Assam Mental Hospital (Tezpur, India) - 1933-1948
Year: 1933
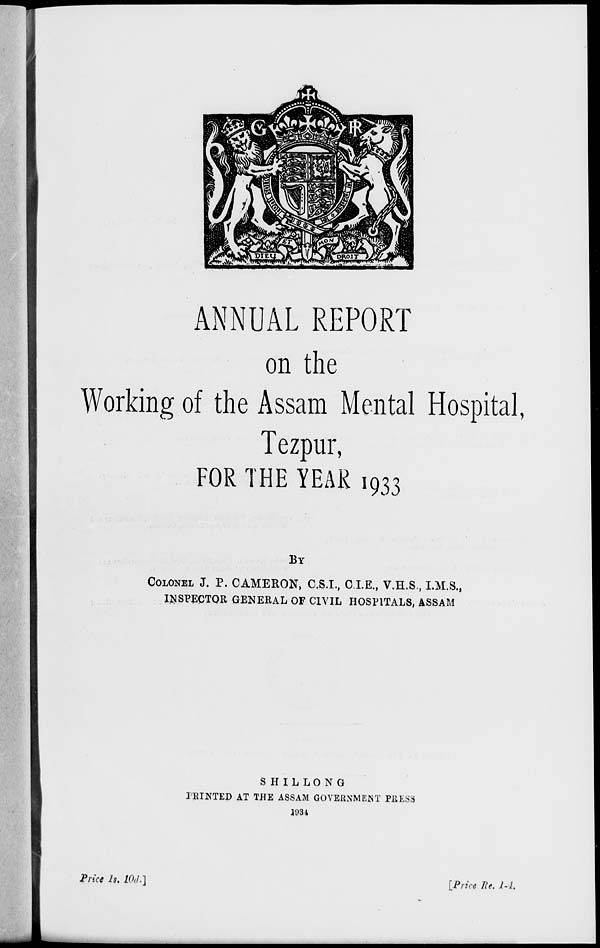
ANNUAL REPORT
on the
Working of the Assam Mental Hospital,
Tezpur,
FOR THE YEAR 1933
BY
COLONEL J. P. CAMERON, C.S.I., C.I.E., V.H.S., I.M.S.,
INSPECTOR GENERAL OF CIVIL HOSPITALS, ASSAM
SHILLONG
PRINTED AT THE ASSAM GOVERNMENT PRESS
1931
Price Is, 10<t.]
[Price lie. 1-1.